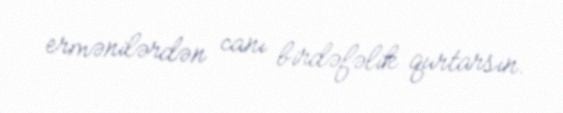
ermənilərdən canı birdəfəlik qurtarsın.